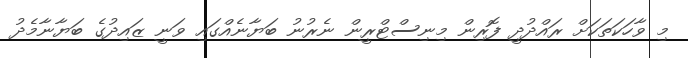
މި ވާހަކަތަކަށް ރައްދުދީ ފޮރިން މިނިސްޓްރީން ނެރުނު ބަޔާނެއްގައި ވަނީ ޒައިދުގެ ބަޔާނާމެދު